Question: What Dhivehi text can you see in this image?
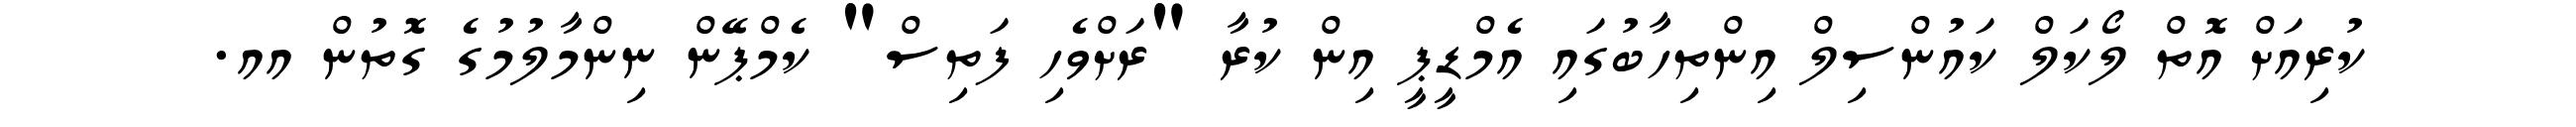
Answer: ކުރިއަށް އޮތް ލޯކަލް ކައުންސިލް އިންތިހާބުގައި އެމްޑީޕީ އިން ކުރާ "ރަށްވެހި ފަތިސް" ކެމްޕޭން ނިންމާލުމުގެ ގޮތުން އއ.